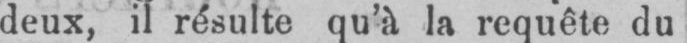
deux, il résulte qu’à la requête du